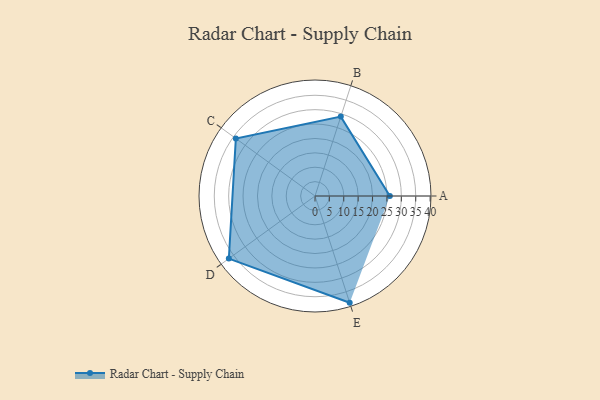
{"axis": {"x": "Skill", "y": "Score"}, "legend": ["Profile"], "data": [{"x": "A", "y": 26.0, "type": "Profile"}, {"x": "B", "y": 29.0, "type": "Profile"}, {"x": "C", "y": 34.0, "type": "Profile"}, {"x": "D", "y": 37.0, "type": "Profile"}, {"x": "E", "y": 39.0, "type": "Profile"}]}